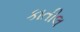
કાતીલ